Sanitation, dispensaries and jails vaccination Rajputana 1922-1927 - 1922-1927
Year: 1922
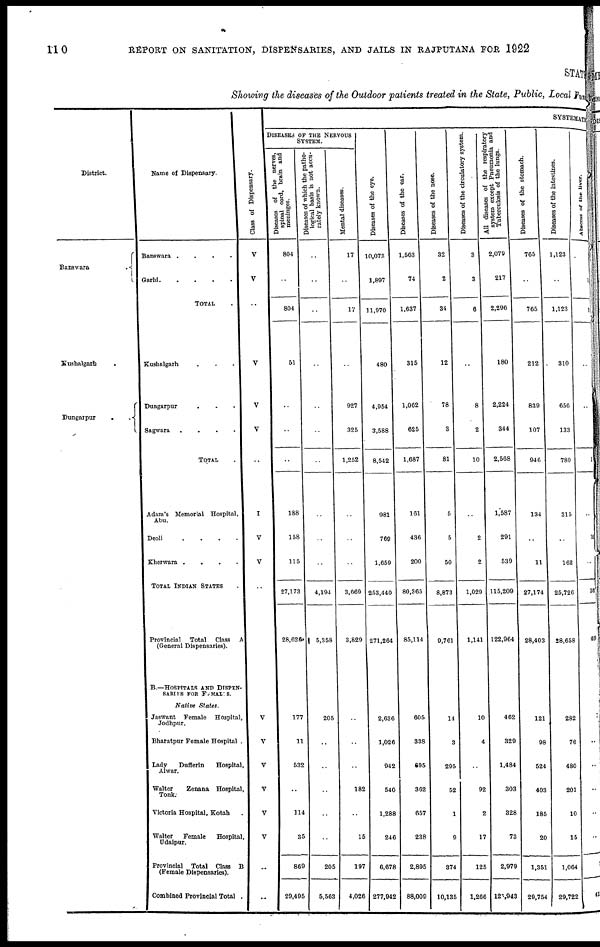
110
REPORT ON SANITATION, DISPENSARIES, AND JAILS IN RAJPUTANA FOR 1922
STATE
Showing the diseases of the Outdoor patients treated in the State, Public, Local Fund
District.
Banswara.
Kushalgarh.
Dungarpur..
Name of Dispensary.
Banswara....
Garhi
TOTAL.
Kushalgarh...
Dungarpur...
Sagwara....
TOTAL.
Adam's Memorial Hospital,
Abu.
Deoli....
Kherwara....
TOTAL INDIAN STATES.
Provincial
Total
Class A
(General Dispensaries).
B.—HOSPITALS AND DISPEN-
SARIES FOR FEMALES.
Native
States.
Jaswant
Female
Hospital,
Jodhpur.
Bharatpur Female Hospital .
Lady
Dufferin
Hospital,
Alwar.
Walter
Zenana
Hospital,
Tonk.
Victoria Hospital, Kotah.
Walter
Female
Hospital,
Udaipur.
Provincial
Total
Class
B
(Female Dispensaries).
Combined Provincial Total .
Class of Dispensary.
V
V
..
V
V
V
..
I
V
V
..
V
V
V
V
V
V
..
...
SYSTEMATIC
DISEASES OF THE NERVOUS
SYSTEM.
Diseases of the nerves,
spinal cord, brain and
meninges.
804
..
804
51
..
..
..
188
158
115
27,173
28,626
177
11
532
..
114
35
869
29,495
Diseases of which the patho-
logical basis is not accu-
rately known.
..
..
..
..
..
..
..
..
..
..
4,194
5,358
205
..
..
..
..
..
205
5,563
Mental diseases.
17
..
17
..
927
325
1,252
..
..
..
3,669
3,829
..
..
..
182
..
15
197
4,026
Diseases of the eye.
10,073
1,897
11,970
480
4,954
3,588
8,542
981
769
1,659
253,440
271,264
2,636
1,026
942
540
1,288
246
6,678
277,942
Diseases of the ear.
1,563
74
1,637
315
1,062
625
1,687
161
436
200
80,365
85,114
605
338
695
362
657
238
2,895
88,000
Diseases of the nose.
32
2
34
12
78
3
81
5
5
50
8,873
9,761
14
3
295
52
1
9
374
10,135
Diseases of the circulatory system.
3
3
6
..
8
2
10
..
2
2
1,029
1,141
10
4
..
92
2
17
125
1,266
All diseases of the respiratory
system except Pneumonia and
Tuberculosis of the lungs.
2,079
217
2,296
180
2,224
344
2,568
1,587
291
539
115,209
122,964
462
329
1,484
303
328
73
2,979
125,943
Diseases of the stomach.
765
..
765
212
839
107
946
134
..
11
27,174
28,403
121
98
524
403
185
20
1,351
29,754
Diseases of the intestines.
1,123
..
1,123
310
656
133
789
315
..
162
25,726
28,658
282
76
480
201
10
15
1,064
29,722
Abscess of the liver.
..
1
1
..
..
1
..
10
..
381
400
7
..
..
..
..
..
4